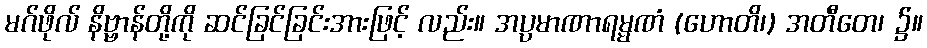
မဂ်ဖိုလ် နိဗ္ဗာန်တို့ကို ဆင်ခြင်ခြင်းအားဖြင့် လည်း။ အပ္ပမာဏာရမ္မဏံ (ဟောတိ၊) အတီတေ၊ ၌။